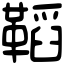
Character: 鞱